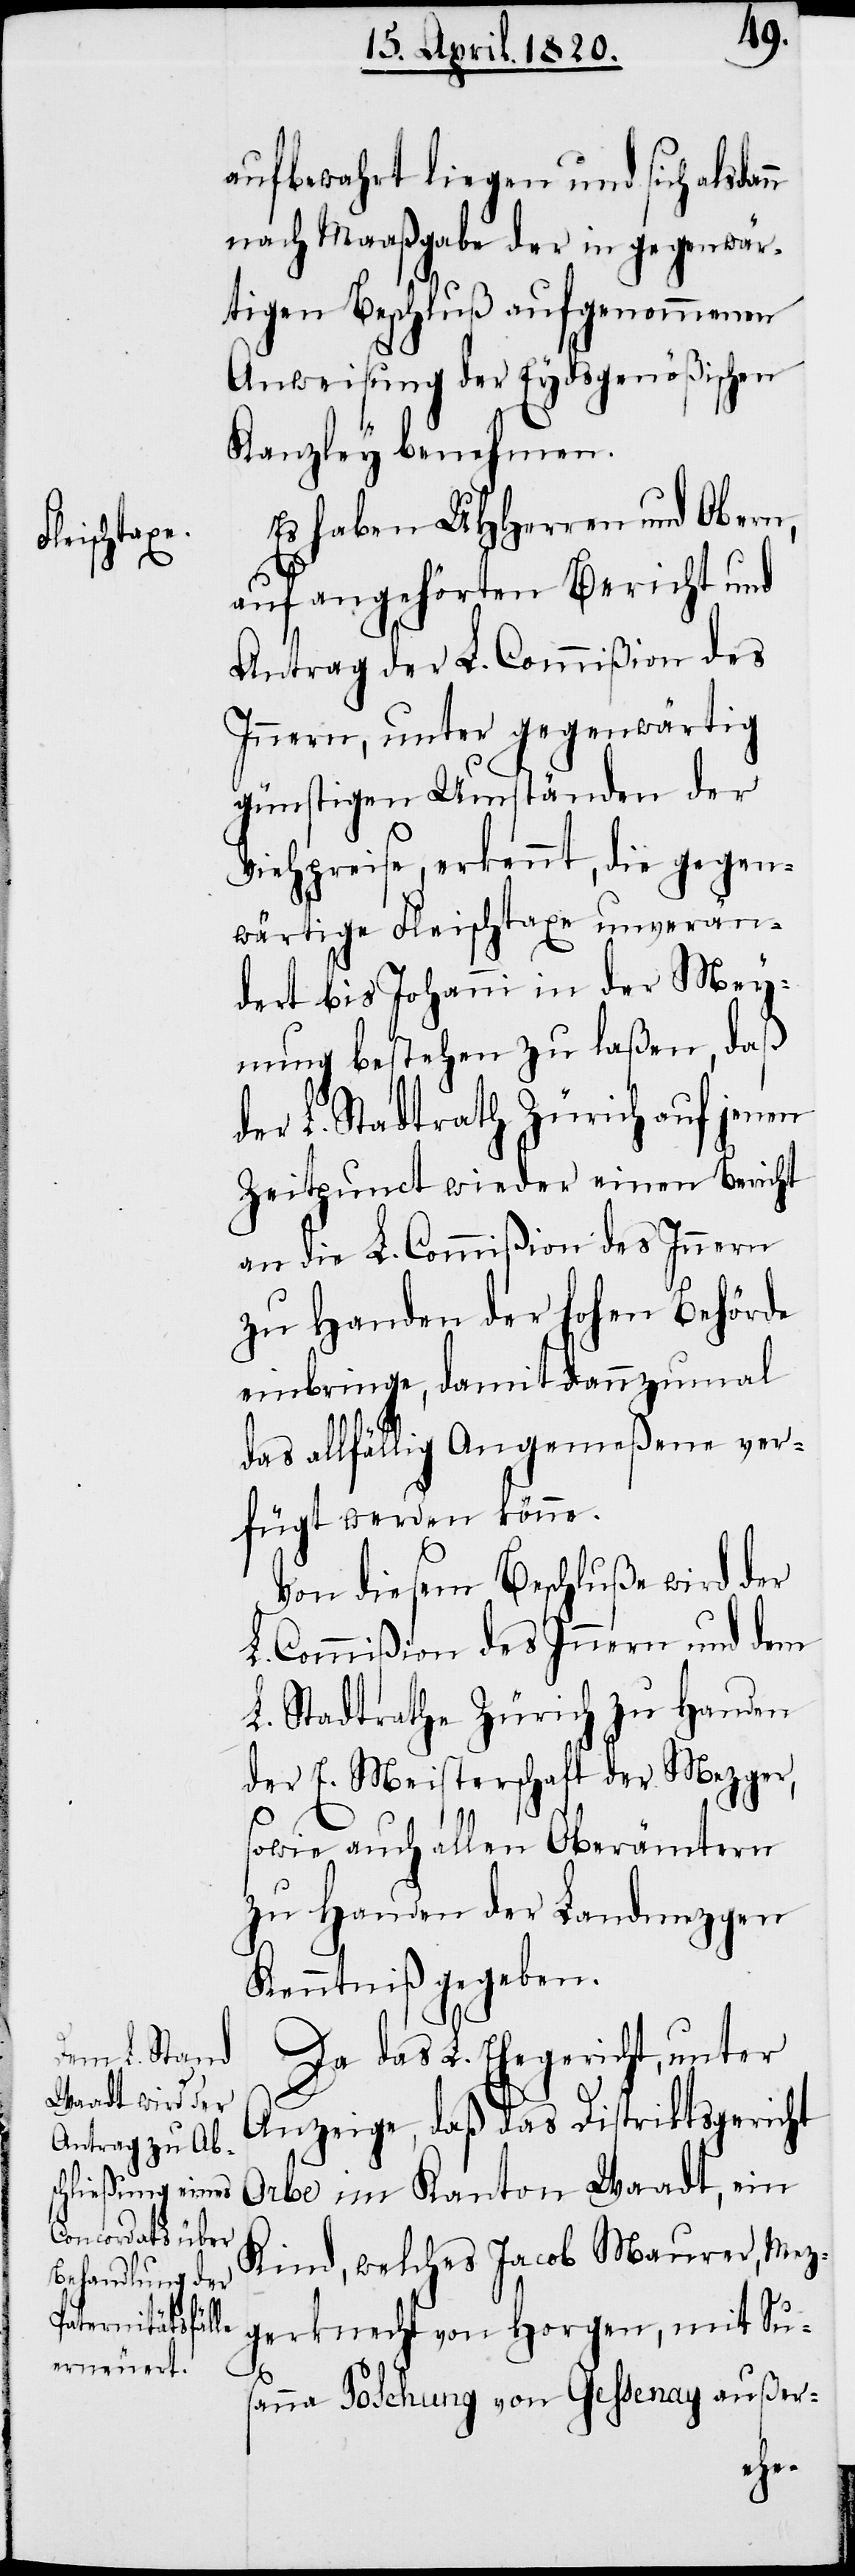
aufbewahrt liegen und sich alsdan¬
n nach Maaßgabe der in gegenwär¬
tigen Beschluß aufgenommenen
Anweisung der Eydsgenößischen
Kanzley benehmen.
Es haben UHHerren und Obern,
auf angehörten Bericht und
Antrag der L. Commiβion des
Innern, unter gegenwärtig
günstigen Umständen der
Viehpreise, erkennt, die gegen¬
wärtige Fleischtaxe unverän¬
dert bis Johanni in der Mey¬
nung bestehen zu laβen, daβ
der L. Stadtrath Zürich auf jenen
Zeitpunct wieder einen Bericht
an die L. Commiβion des Innern
zu Handen der Hohen Behörde
einbringe, damit dannzumal
das allfällig Angemeβene ver¬
fügt werden könne.
Von diesem Beschluβe wird der
L. Commiβion des Innern und dem
L. Stadtrathe Zürich zu Handen
der E. Meisterschaft der Mezger,
sowie auch allen Oberämtern
zu Handen der Landmezgen
Kenntniβ gegeben.
Da das L. Ehegericht, unter
Anzeige, daß das Distriktsgericht
Orbe im Kanton Waadt, ein
Kind, welches Jacob Maurer, Mez¬
gerknecht von Horgen, mit Sus¬
anna Poschung von Gessenay außer-